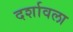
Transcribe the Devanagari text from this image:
दर्शावला